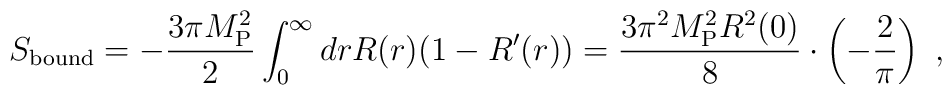
S_{\rm bound} = - {3\pi M_{\rm P}^2\over 2} \int_0^\infty  dr  R(r)  (1-R'(r))= {3\pi^2M_{\rm P}^2  R^2 (0)\over 8} \cdot \left(- {2\over \pi}\right) \ ,